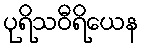
ပုရိသဝီရိယေန